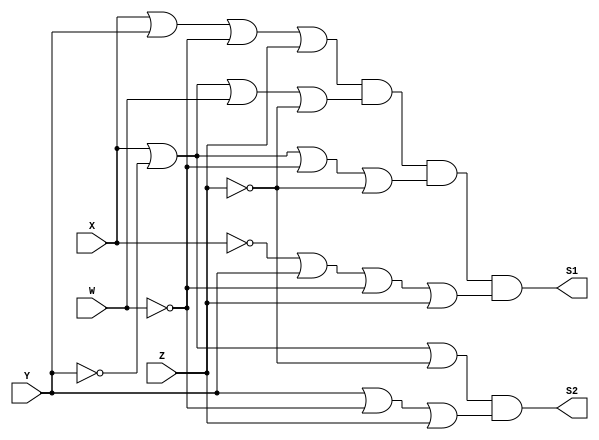
module PoS (output S1, output S2, input X, Y, W, Z); // MAXTERMOS
// M 5 6 7
assign S1 = (X|Y|~W|Z) & (X|~Y|W|~Z) & (X|~Y|~W|~Z) & (~X|Y|~W|Z);
assign S2 = (X | ~Y | ~Z) & (Y | ~W | Z);
endmodule // PoS

module a4;
reg X, Y, W, Z;
wire S1, S2;
// instancias
PoS POS1(S1, S2, X, Y, W, Z);
// valores iniciais
initial begin: start
X=1'bx; Y=1'bx; Z=1'bx; W=1'bx;// indefinidos
end
// parte principal
initial begin: main
// identificacao
$display("Produto da Soma");
// monitoramento
$display(" X  Y  W  Z =   nao_simpl\tsimpl");
$monitor("%2b %2b %2b %2b = \t  %2b  \t\t%2b", X, Y, W, Z, S1, S2);
// sinalizacao
#1 X=0; Y=0; W=0; Z=0;
#1 X=0; Y=0; W=0; Z=1;
#1 X=0; Y=0; W=1; Z=0;
#1 X=0; Y=0; W=1; Z=1;
#1 X=0; Y=1; W=0; Z=0;
#1 X=0; Y=1; W=0; Z=1;
#1 X=0; Y=1; W=1; Z=0;
#1 X=0; Y=1; W=1; Z=1;
#1 X=1; Y=0; W=0; Z=0;
#1 X=1; Y=0; W=0; Z=1;
#1 X=1; Y=0; W=1; Z=0;
#1 X=1; Y=0; W=1; Z=1;
#1 X=1; Y=1; W=0; Z=0;
#1 X=1; Y=1; W=0; Z=1;
#1 X=1; Y=1; W=1; Z=0;
#1 X=1; Y=1; W=1; Z=1;
end
endmodule // test_module